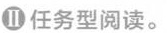
Ⅱ 任务型阅读.。